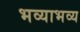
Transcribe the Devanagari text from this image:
भव्याभव्य